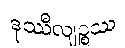
ဒုဿီလျဉ္စဿ